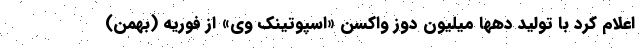
اعلام کرد با تولید دهها میلیون دوز واکسن «اسپوتینک وی» از فوریه (بهمن)